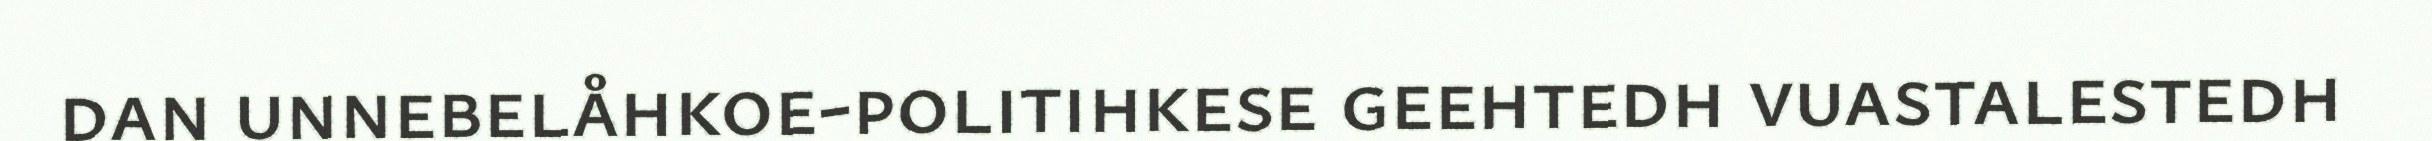
dan unnebelåhkoe-politihkese geehtedh vuastalestedh